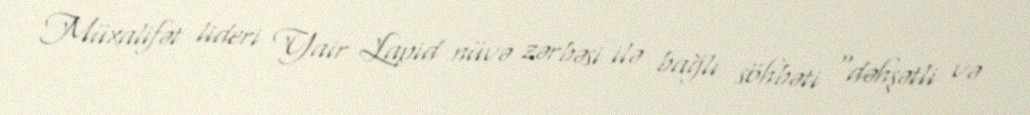
Müxalifət lideri Yair Lapid nüvə zərbəsi ilə bağlı söhbəti “dəhşətli və